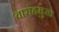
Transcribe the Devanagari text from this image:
वाराहमुख